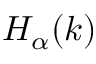
H _ { \alpha } ( k )